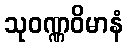
သုဝဏ္ဏဝိမာနံ